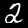
Digit: 2